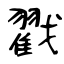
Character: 戳